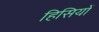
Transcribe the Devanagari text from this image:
हिसियों